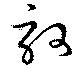
訶